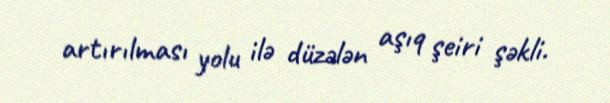
artırılması yolu ilə düzələn aşıq şeiri şəkli.